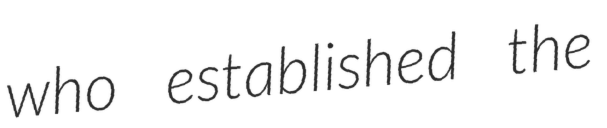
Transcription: who established the